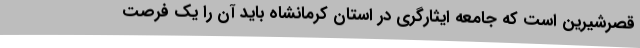
قصرشیرین است که جامعه ایثارگری در استان کرمانشاه باید آن را یک فرصت